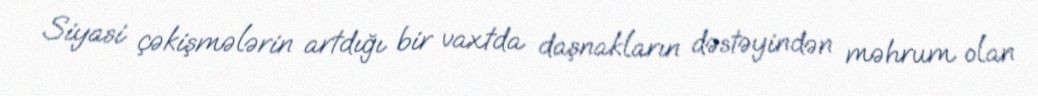
Siyasi çəkişmələrin artdığı bir vaxtda daşnakların dəstəyindən məhrum olan